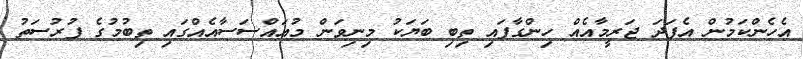
އެހެންކަމުން އެފަދަ ޖަރީމާއެއް ހިންގާފައި ތިބި ބަޔަކު މިނިވަން މުއައްސަސާއެއްގައި ތިބުމުގެ ފުރުސަތު